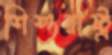
শিশুরাষ্ট্র